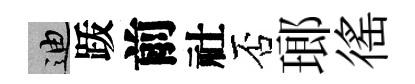
迪䟦前社否瑯徭